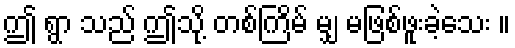
ဤ ရွာ သည် ဤသို့ တစ်ကြိမ် မျှ မဖြစ်ဖူးခဲ့သေး ။